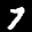
Label: 7